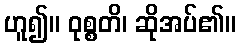
ဟူ၍။ ဝုစ္စတိ၊ ဆိုအပ်၏။